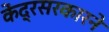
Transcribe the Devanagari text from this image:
केंद्रसरकारने